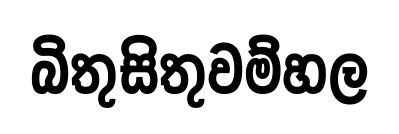
බිතුසිතුවම්හල